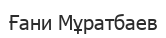
Ғани Мұратбаев